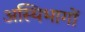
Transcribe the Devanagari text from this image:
अस्थिभागों